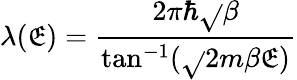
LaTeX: \lambda(\mathfrak{E})=\frac{{2\pi\hbar\sqrt{}{{\beta}}}}{{\tan^{-1}(\sqrt{}{{2m\beta\mathfrak{E}}})}}